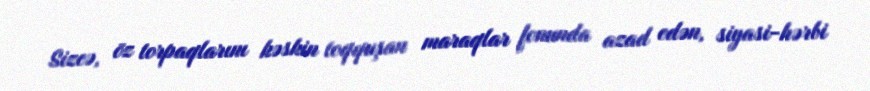
Sizcə, öz torpaqlarını kəskin toqquşan maraqlar fonunda azad edən, siyasi-hərbi